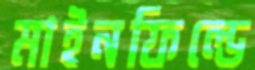
মাইনফিল্ডে